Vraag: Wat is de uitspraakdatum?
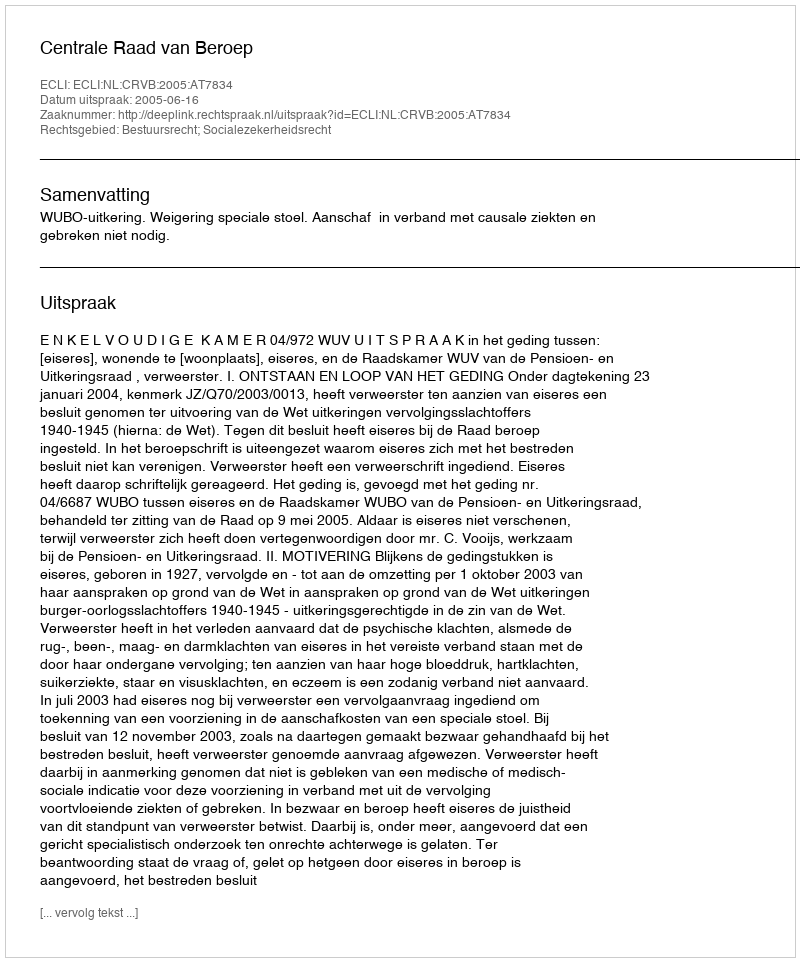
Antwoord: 2005-06-16